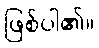
ဖြစ်ပါ၏။